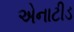
એનાટીડ